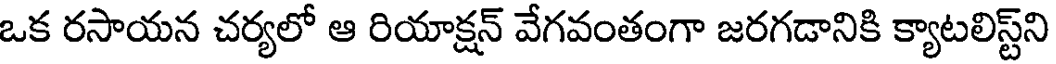
ఒక రసాయన చర్యలో ఆ రియాక్షన్ వేగవంతంగా జరగడానికి క్యాటలిస్ట్ని